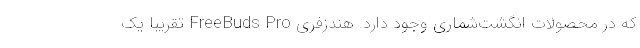
که در محصولات انگشت‌شماری وجود دارد. هندزفری FreeBuds Pro تقریبا یک